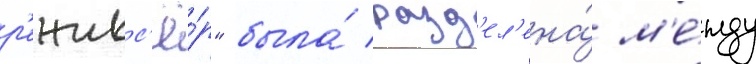
р'ежисс'ё́р" была́ разд'ел'ена́ м'е́жду